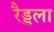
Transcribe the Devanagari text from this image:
रैड्डला